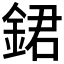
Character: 𨧡